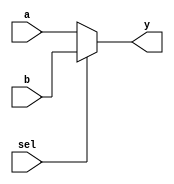
module mux2to1 (
    input wire a,       // Input a
    input wire b,       // Input b
    input wire sel,     // Select signal
    output reg y        // Output y
);

// Combinational logic using procedural assignment
always @(*) begin
    // Immediate assignment using the `=` operator
    if (sel) begin
        y = b;          // If sel is 1, output b
    end else begin
        y = a;          // If sel is 0, output a
    end
end

endmodule